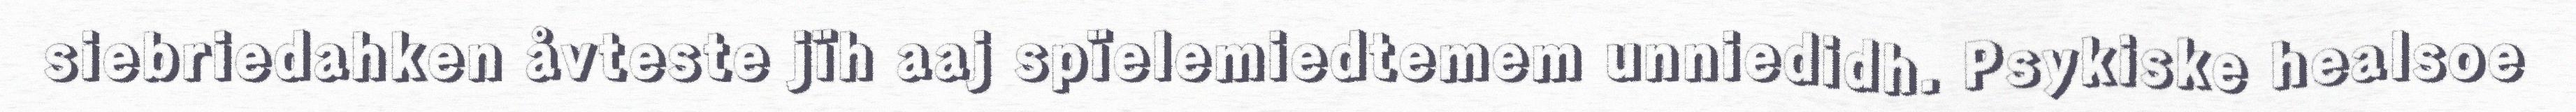
siebriedahken åvteste jïh aaj spïelemiedtemem unniedidh. Psykiske healsoe